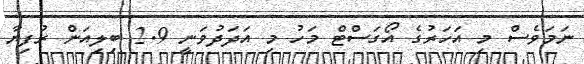
ނަމަވެސް މި އަހަރުގެ އޯގަސްޓް މަހު މި އަދަދުވަނީ 2.9 ބިލިއަން ރުފިޔާ